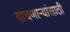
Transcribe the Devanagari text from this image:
वाचणाऱ्यांसाठी